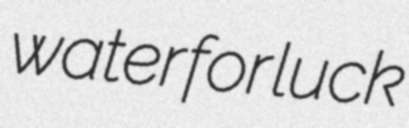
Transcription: water for luck